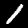
Label: 1